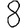
Digit: 8